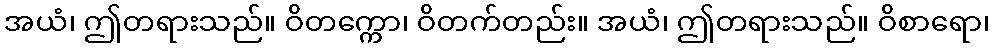
အယံ၊ ဤတရားသည်။ ဝိတက္ကော၊ ဝိတက်တည်း။ အယံ၊ ဤတရားသည်။ ဝိစာရော၊